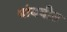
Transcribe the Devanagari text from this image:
थांबवीत